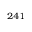
^ { 2 4 1 }